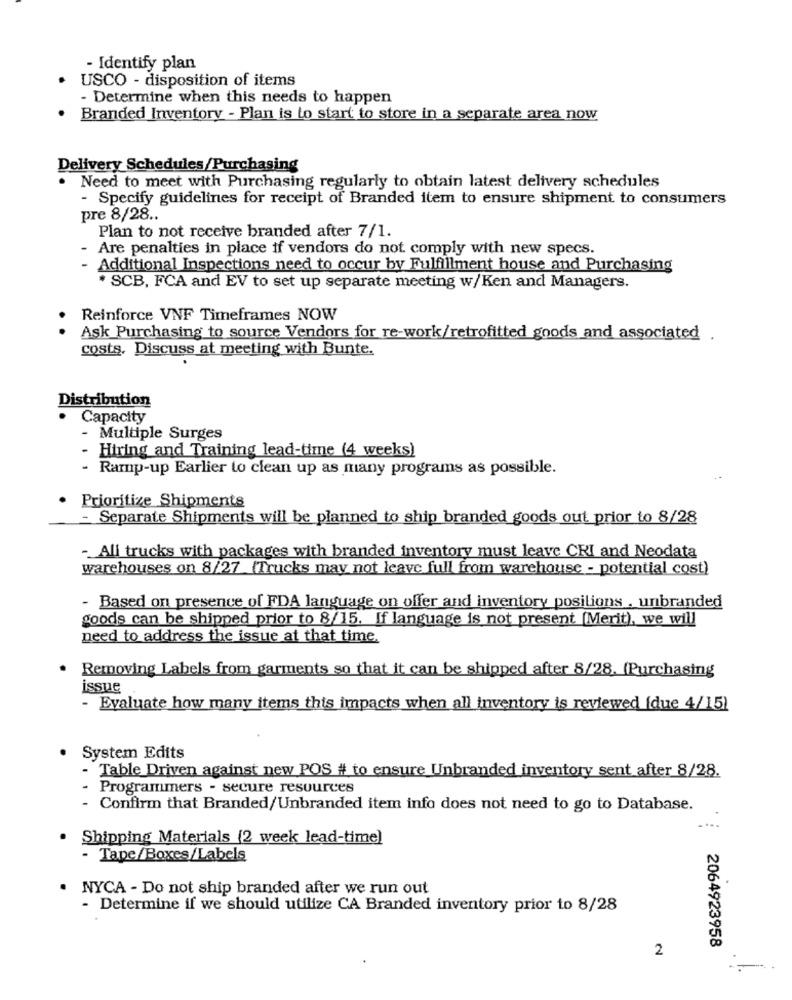
- Identify plan
USCO - disposition of items
- Determine when this needs to happen
Branded Inventory - Plan is to start to store in a separate area now
Delivery Schedules/Purchasing
. Need to meet with Purchasing regularly to obtain latest delivery schedules
- Specify guidelines for receipt of Branded item to ensure shipment to consumers
pre 8/28 ..
Plan to not receive branded after 7/1.
Are penalties in place if vendors do not comply with new specs.
Additional Inspections need to occur by Fulfillment house and Purchasing
* SCB, FCA and EV to set up separate meeting w/Ken and Managers.
Reinforce VNF Timeframes NOW
Ask Purchasing to source Vendors for re-work/retrofitted goods and associated
costs. Discuss at meeting with Bunte.
Distribution
Capacity
- Multiple Surges
- Hiring and Training lead-time (4 weeks)
- Ramp-up Earlier to clean up as many programs as possible.
Prioritize Shipments
- Separate Shipments will be planned to ship branded goods out prior to 8/28
- All trucks with packages with branded inventory must leave CRI and Neodata
warehouses on 8/27 (Trucks may not leave full from warehouse - potential cost)
Based on presence of FDA language on offer and inventory positions . unbranded
goods can be shipped prior to 8/15. If language is not present [Merit), we will
need to address the issue at that time.
Removing Labels from garments so that it can be shipped after 8/28. (Purchasing
issue
- Evaluate how many items this impacts when all inventory is reviewed (due 4/15)
System Edits
- Table Driven against new POS # to ensure Unbranded inventory sent after 8/28.
Programmers - secure resources
- Confirm that Branded/Unbranded item info does not need to go to Database.
....
Shipping Materials (2 week lead-time]
- Tape/Boxes/Labels
. NYCA - Do not ship branded after we run out
- Determine if we should utilize CA Branded inventory prior to 8/28
2064923958
2